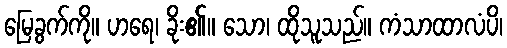
မြေခွက်ကို။ ဟရေ၊ ခိုး၏။ သော၊ ထိုသူသည်။ ကံသာထာလံပိ၊